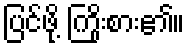
ပြင်ဖို့ ကြိုးစား၏။